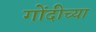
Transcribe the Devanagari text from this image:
गोंदीच्या